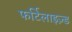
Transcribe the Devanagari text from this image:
फर्टिलाइज़्ड